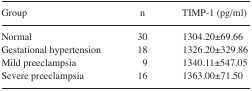
| Group | n | TIMP-1 (pg/ml) |
 | --- | --- | --- |
 | Normal | 30 | 1304.20±69.66 |
 | Gestational hypertension | 18 | 1326.20±329.86 |
 | Mild preeclampsia | 9 | 1340.11±547.05 |
 | Severe preeclampsia | 16 | 1363.00±71.50 |